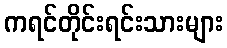
ကရင်တိုင်းရင်းသားများ